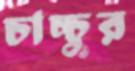
চাচ্চুর